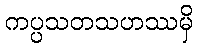
ကပ္ပသတသဟဿမှိ